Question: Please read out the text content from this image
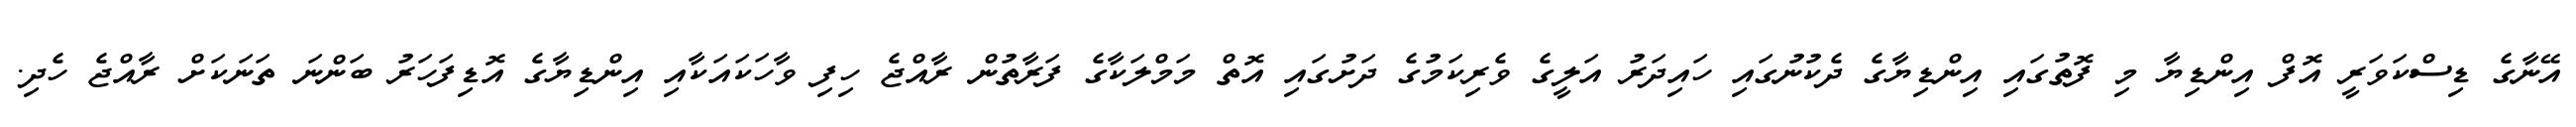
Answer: އޭނާގެ ޑިސްކަވަރީ އޮފް އިންޑިޔާ މި ފޮތުގައި އިންޑިޔާގެ ދެކުނުގައި ހައިދަރު އަލީގެ ވެރިކަމުގެ ދަށުގައި އޮތް މަމްލަކާގެ ފަރާތުން ރާއްޖެ ހިފި ވާހަކައަކާއި އިންޑިޔާގެ އޮޑިފަހަރު ބަންނަ ތަނަކަށް ރާއްޖެ ހެދި.